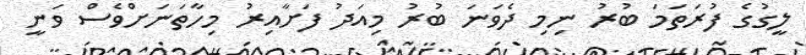
ލީގުގެ ފުރަތަމަ ބުރު ނިމި ދެވަނަ ބުރު މިއަދު ފަށާއިރު މިހާތަނަށްވެސް ވަނީ